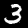
Digit: 3